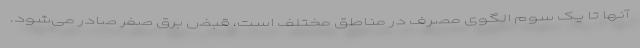
آنها تا یک سوم الگوی مصرف در مناطق مختلف است، قبض برق صفر صادر می‌شود.